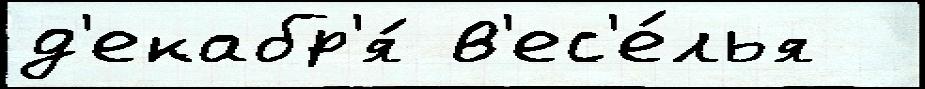
д'екабр'я́ в'ес'е́лья